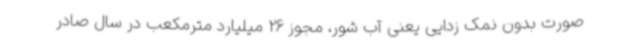
صورت بدون نمک زدایی یعنی آب شور، مجوز 26 میلیارد مترمکعب در سال صادر